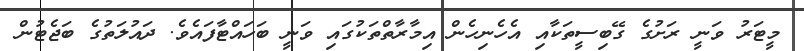
މީޓަރު ވަނީ ރަށުގެ ގޭބިސީތަކާއި އެހެނިހެން އިމާރާތްތަކުގައި ވަނީ ބަހައްޓާފައެވެ. ދައުލަތުގެ ބަޖެޓުން